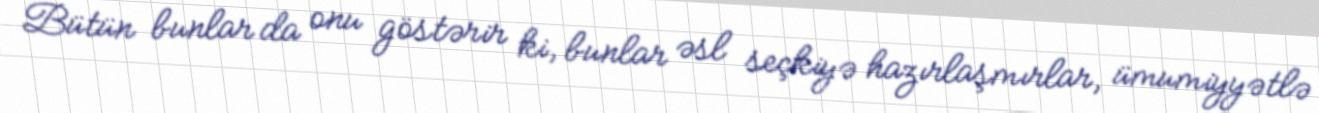
Bütün bunlar da onu göstərir ki, bunlar əsl seçkiyə hazırlaşmırlar, ümumiyyətlə